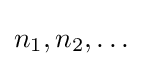
n_{1},n_{2},\ldots